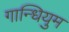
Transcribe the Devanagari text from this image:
गान्धियुम